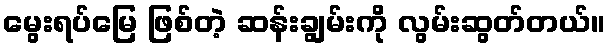
မွေးရပ်မြေ ဖြစ်တဲ့ ဆန်းချွမ်းကို လွမ်းဆွတ်တယ်။